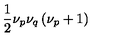
\frac { 1 } { 2 } \nu _ { p } \nu _ { q } \left( \nu _ { p } + 1 \right)